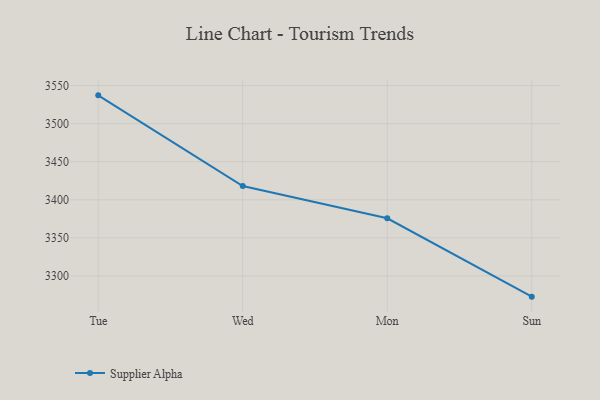
{"axis": {"x": "Day", "y": "Backlog"}, "legend": ["Supplier Alpha"], "data": [{"x": "Tue", "y": 3537.2, "type": "Supplier Alpha"}, {"x": "Wed", "y": 3418.0, "type": "Supplier Alpha"}, {"x": "Mon", "y": 3375.7, "type": "Supplier Alpha"}, {"x": "Sun", "y": 3272.7, "type": "Supplier Alpha"}]}